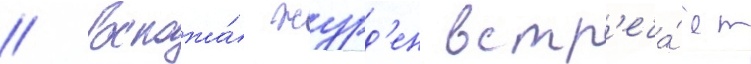
// Госпожа́ журд'ен встр'еча́ет